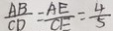
\frac { A B } { C D } = \frac { A E } { C E } = \frac { 4 } { 5 }